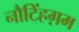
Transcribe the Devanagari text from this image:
नौटिंहग़म